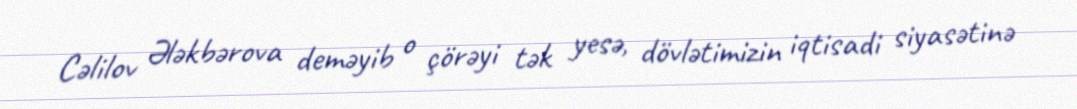
Cəlilov Ələkbərova deməyib o çörəyi tək yesə, dövlətimizin iqtisadi siyasətinə